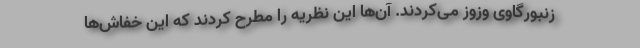
زنبورگاوی وزوز می‌کردند. آن‌ها این نظریه را مطرح کردند که این خفاش‌ها